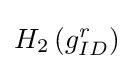
\textstyle H_{2}\left(g_{ID}^{r}\right)